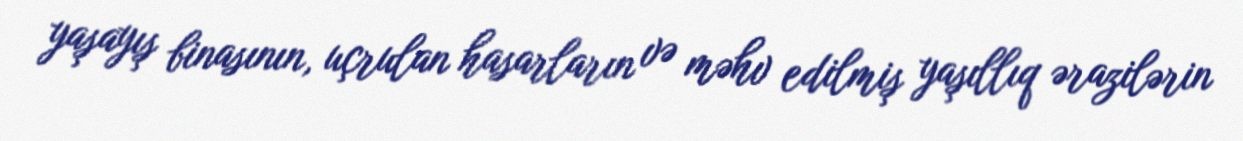
yaşayış binasının, uçrulan hasarların və məhv edilmiş yaşıllıq ərazilərin